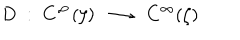
D \; : \; C ^ { \infty } ( \zeta ) \; \longrightarrow \; C ^ { \infty } ( \zeta )